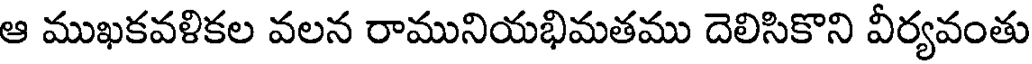
ఆ ముఖకవళికల వలన రామునియభిమతము దెలిసికొని వీర్యవంతు